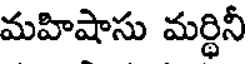
మహిషాసు మర్థినీ